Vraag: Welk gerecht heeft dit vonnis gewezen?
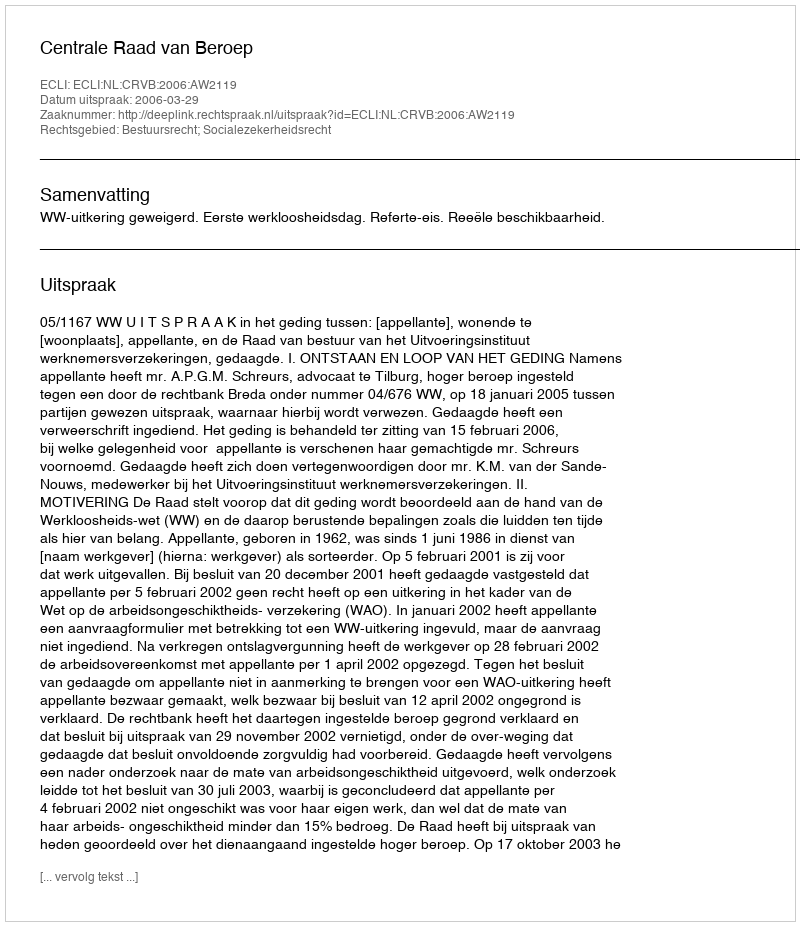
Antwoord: Centrale Raad van Beroep